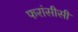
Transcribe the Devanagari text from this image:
फरांसीसी